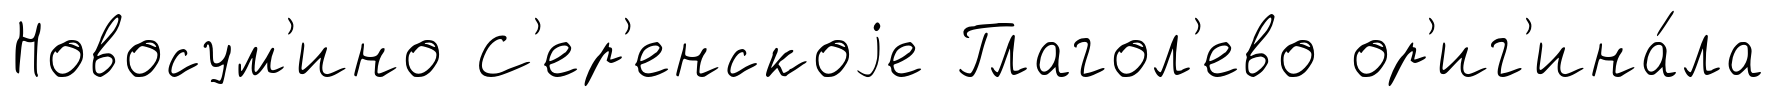
Новосум'ино С'ер'енскоjе Глагол'ево ор'иг'ина́ла